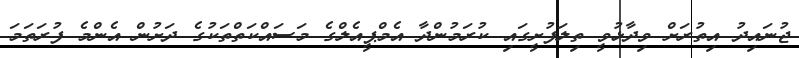
ޖުނައިދު އިތުރަށް ވިދާޅުވީ ތިލަފުށީގައި ކުރަމުންދާ އެމްޕީއެލްގެ މަސައްކަތްތަކުގެ ދަށުން އެންމެ ފުރަތަމަ